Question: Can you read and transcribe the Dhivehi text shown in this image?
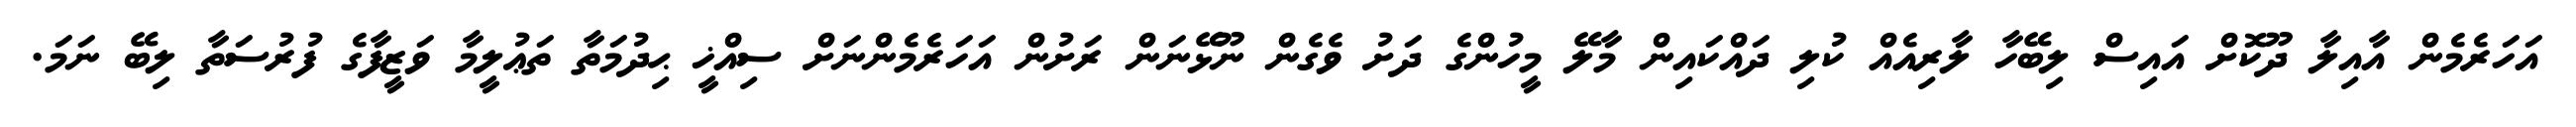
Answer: އަހަރެމެން އާއިލާ ދޫކޮށް އައިސް ލިބޭހާ ލާރިއެއް ކުލި ދައްކައިން މާލޭ މީހުންގެ ދަށު ވެގެން ނޫޅޭނަން ރަށުން އަހަރެމެންނަށް ސިއްޚީ ޙިދުމަތާ ތަޢުލީމާ ވަޒީފާގެ ފުރުސަތާ ލިބޭ ނަމަ.